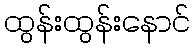
ထွန်းထွန်းနောင်